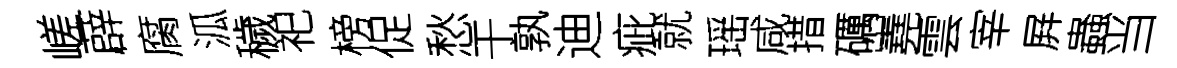
嵯薜腐泒穢祀榜促愁干孰迪疵就瑶咸措礪嶤雲宰屛蟲当